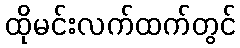
ထိုမင်းလက်ထက်တွင်